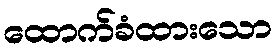
ထောက်ခံထားသော